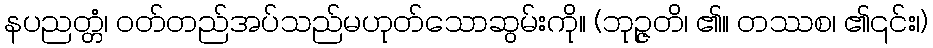
နပညတ္တံ၊ ဝတ်တည်အပ်သည်မဟုတ်သောဆွမ်းကို။ (ဘုဉ္ဇတိ၊ ၏။ တဿစ၊ ၏၎င်း၊)